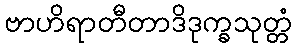
ဗာဟိရာတီတာဒိဒုက္ခသုတ္တံ